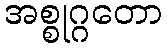
အစ္စုဂ္ဂတော